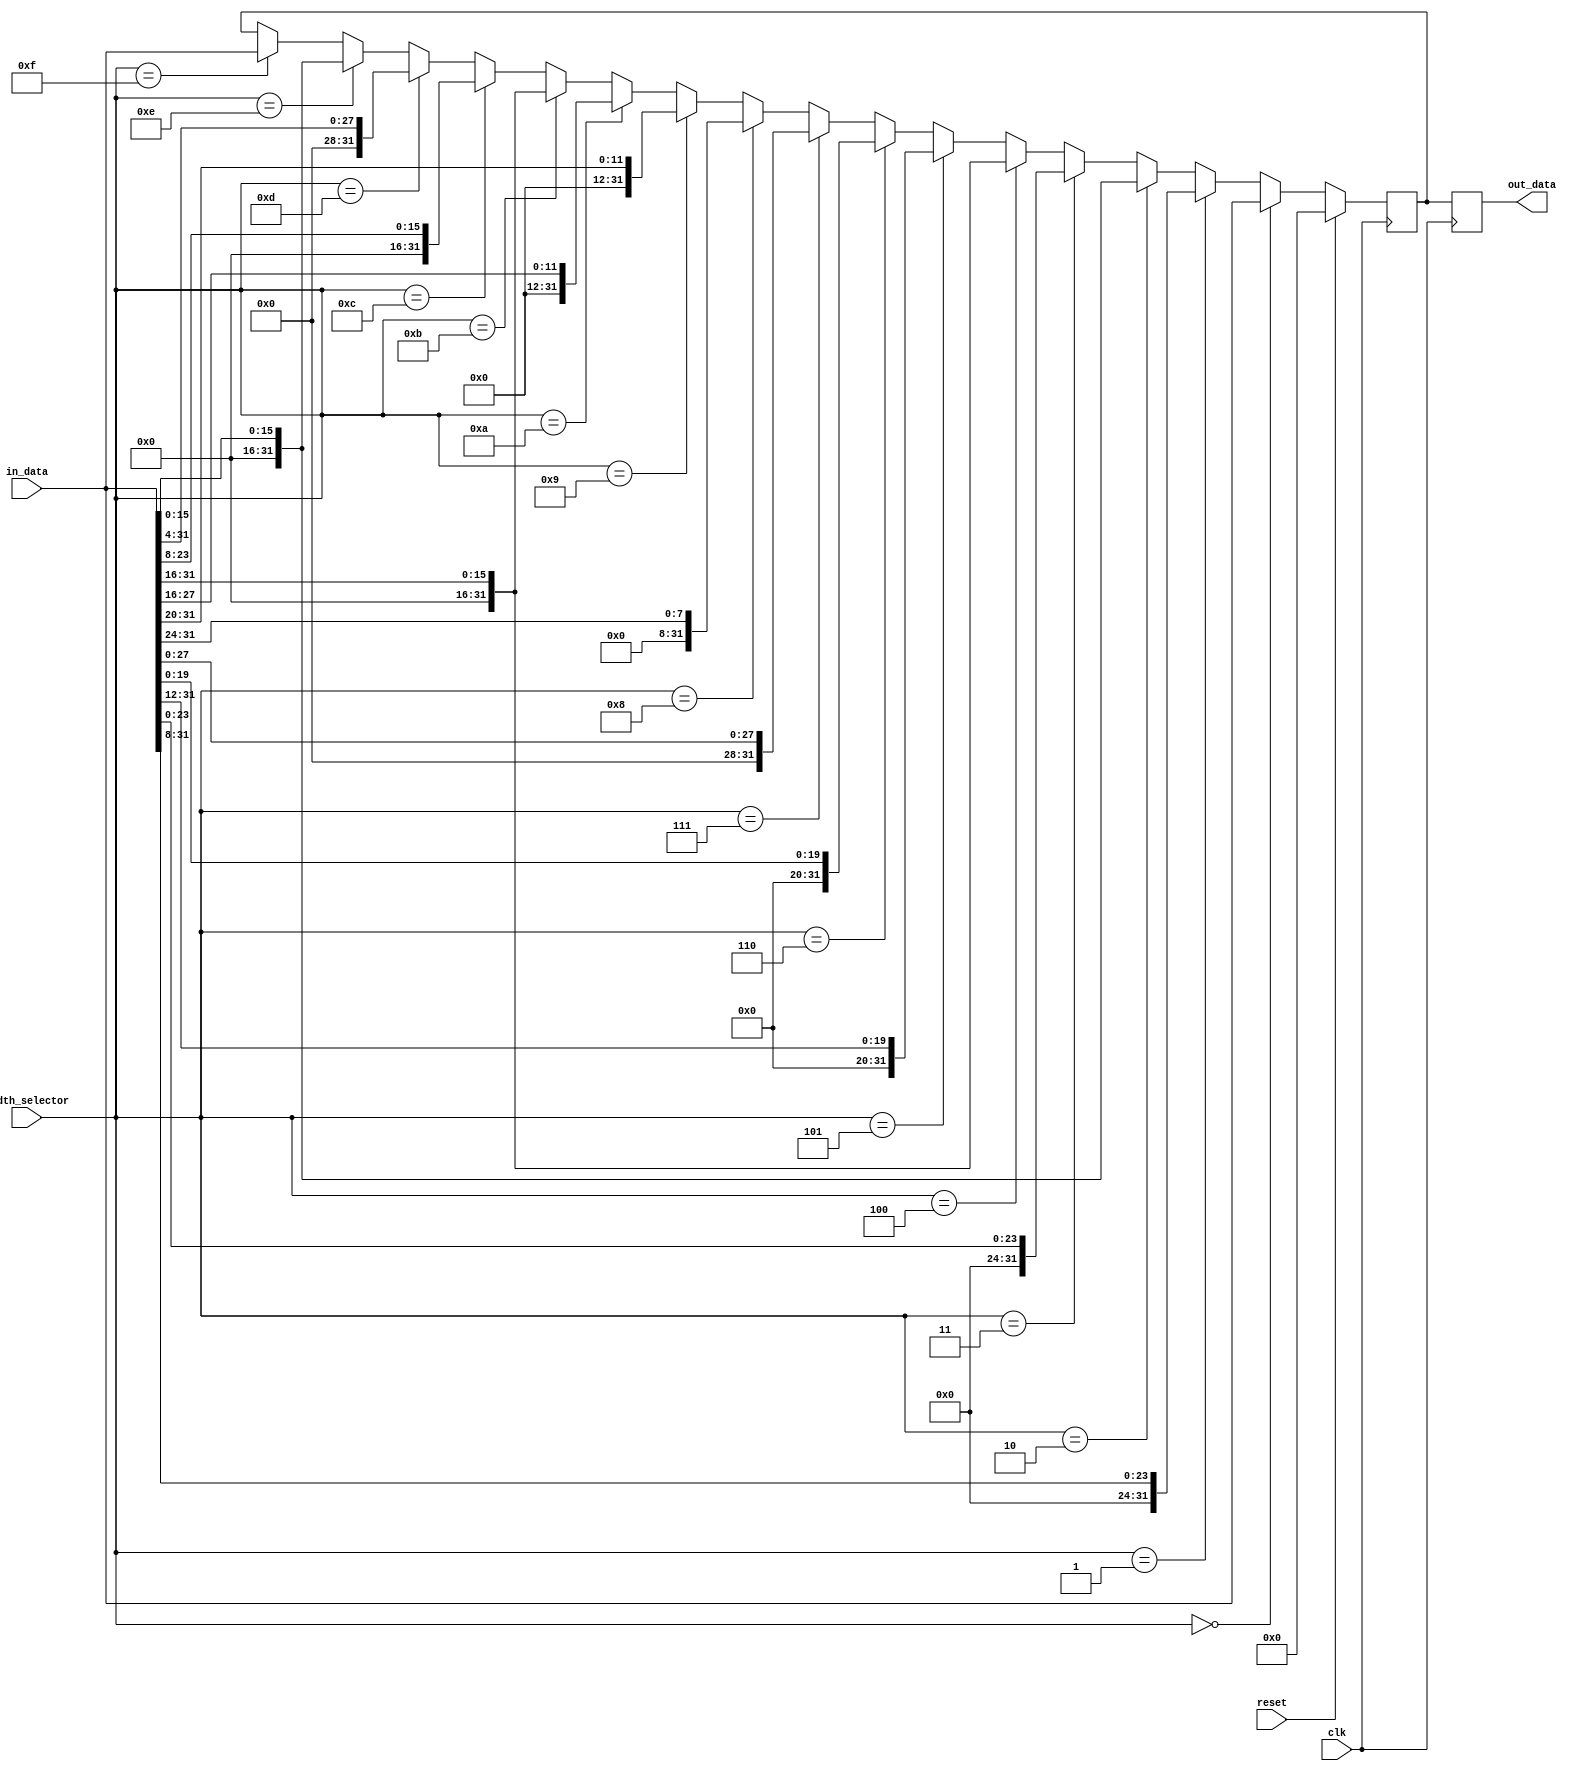
module variable_width_bypass_register (
    input wire clk,
    input wire reset,
    input wire [31:0] in_data,
    input wire [3:0] width_selector,
    output reg [31:0] out_data
);

reg [31:0] storage_reg;

always @ (posedge clk) begin
    if (reset) begin
        storage_reg <= 32'b0;
    end else begin
        if (width_selector == 4'b0000) begin
            storage_reg <= in_data[31:0];
        end else if (width_selector == 4'b0001) begin
            storage_reg <= in_data[31:8];
        end else if (width_selector == 4'b0010) begin
            storage_reg <= in_data[15:0];
        end else if (width_selector == 4'b0011) begin
            storage_reg <= in_data[23:0];
        end else if (width_selector == 4'b0100) begin
            storage_reg <= in_data[31:16];
        end else if (width_selector == 4'b0101) begin
            storage_reg <= in_data[31:12];
        end else if (width_selector == 4'b0110) begin
            storage_reg <= in_data[19:0];
        end else if (width_selector == 4'b0111) begin
            storage_reg <= in_data[27:0];
        end else if (width_selector == 4'b1000) begin
            storage_reg <= in_data[31:24];
        end else if (width_selector == 4'b1001) begin
            storage_reg <= in_data[31:20];
        end else if (width_selector == 4'b1010) begin
            storage_reg <= in_data[27:16];
        end else if (width_selector == 4'b1011) begin
            storage_reg <= in_data[31:16];
        end else if (width_selector == 4'b1100) begin
            storage_reg <= in_data[23:8];
        end else if (width_selector == 4'b1101) begin
            storage_reg <= in_data[31:4];
        end else if (width_selector == 4'b1110) begin
            storage_reg <= in_data[15:0];
        end else if (width_selector == 4'b1111) begin
            storage_reg <= in_data[31:0];
        end
    end
end

always @ (posedge clk) begin
    out_data <= storage_reg;
end

endmodule